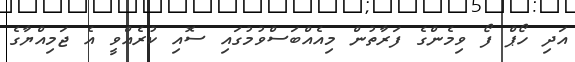
އަދި ހޯޕް ފޯ ވިމެންގެ ފަރާތުން މިއެއްބަސްވުމުގައި ސޮއި ކުރެއްވީ އެ ޖަމިއްޔާގެ